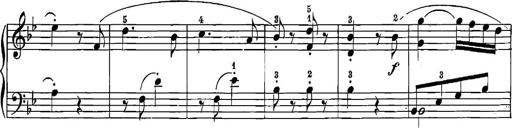
Title: 12 Sonatinas
Composer: Ignaz Pleyel